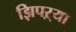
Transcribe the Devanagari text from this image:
झिपऱ्या